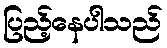
ပြည့်နေပါသည်